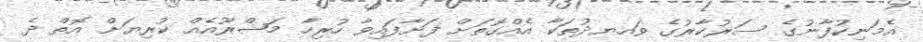
އެމަނިކުފާނުގެ ސަރުކާރުގެ ވައޔދުތަކާ އެއްގޮތަށް ފަށާފައިވާ ހުރިހާ މަޝްރޫއެއް ކުރިޔަށް އޮތް ދެ